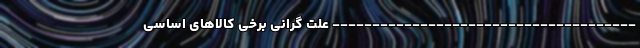
-------------------------------------- علت گرانی برخی کالاهای اساسی